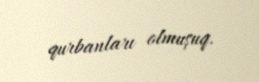
qurbanları olmuşuq.